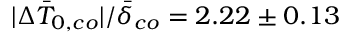
| \Delta \bar { T } _ { 0 , c o } | / \bar { \delta } _ { c o } = 2 . 2 2 \pm 0 . 1 3